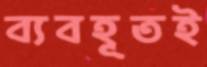
ব্যবহূতই